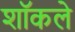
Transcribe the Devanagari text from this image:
शॉकले